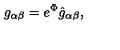
g _ { \alpha \beta } = e ^ { \Phi } \hat { g } _ { \alpha \beta } ,